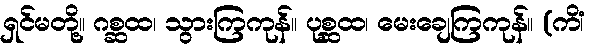
ရှင်မတို့။ ဂစ္ဆထ၊ သွားကြကုန်။ ပုစ္ဆထ၊ မေးချေကြကုန်။ (ကိံ၊